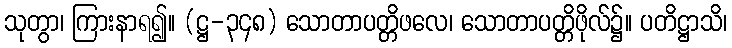
သုတွာ၊ ကြားနာရ၍။ (ဋ္ဌ-၃၄၈) သောတာပတ္တိဖလေ၊ သောတာပတ္တိဖိုလ်၌။ ပတိဋ္ဌာသိ၊